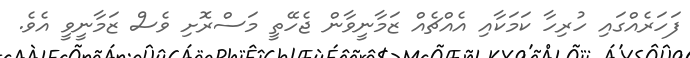
ފަހަރެއްގައި ހުރިހާ ކަމަކާއި އެއްޗެއް ޒަމާނީވާން ޖެހޭތީ މަސްރޮށި ވެސް ޒަމާނީވީ އެވެ.